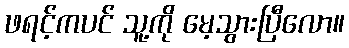
ဖရင့်ကပင် သူ့ကို မေ့သွားပြီလော။